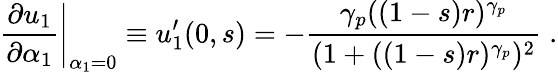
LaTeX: \left.\frac{\partial u_{1}}{\partial\alpha_{1}}\right|_{\alpha_{1}=0}\equiv u_{1}^{\prime}(0,s)=-\frac{\gamma_{p}((1-s)r)^{\gamma_{p}}}{(1+((1-s)r)^{\gamma_{p}})^{2}}\; .